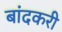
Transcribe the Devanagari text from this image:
बांदकरी